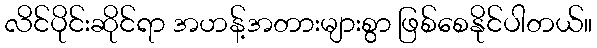
လိင်ပိုင်းဆိုင်ရာ အဟန့်အတားများစွာ ဖြစ်စေနိုင်ပါတယ်။